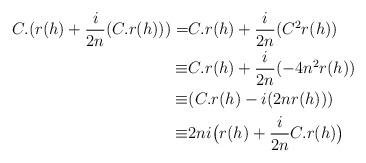
LaTeX: \begin{align*}C.(r(h)+\frac{i}{2n}(C.r(h)))=&C.r(h)+\frac{i}{2n}(C^{2}r(h))\\\equiv&C.r(h)+\frac{i}{2n}(-4n^{2}r(h))\\\equiv&(C.r(h)-i(2nr(h)))\\\equiv&2ni\big(r(h)+\frac{i}{2n}C.r(h)\big)\end{align*}